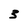
Character: 3